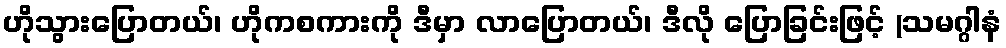
ဟိုသွားပြောတယ်၊ ဟိုကစကားကို ဒီမှာ လာပြောတယ်၊ ဒီလို ပြောခြင်းဖြင့် (သမဂ္ဂါနံ